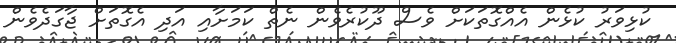
ކުޅިވަރު ކުޅެން އެއްގޮތަކަށް ވެސް ދޫކުރެވެން ނެތް ކަމަށާއި އަދި އެގޮތަށް ޖާގަދެވެން